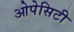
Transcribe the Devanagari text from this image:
ओपेसिटी